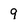
Character: 9